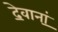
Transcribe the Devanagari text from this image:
दे॒वानां॒